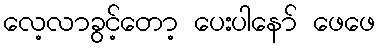
လေ့လာခွင့်တော့ ပေးပါနော် ဖေဖေ